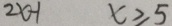
2 x - 1 x \geqslant 5